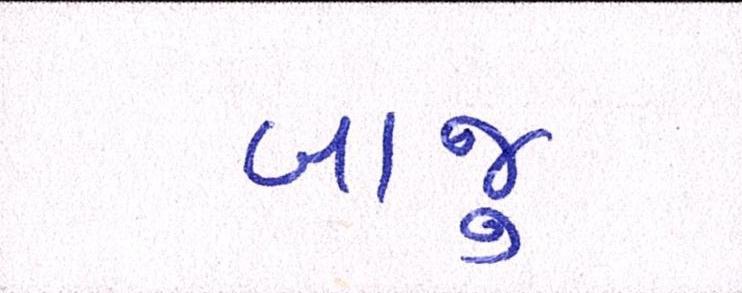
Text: બાજુ